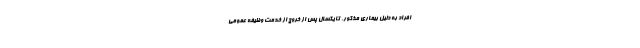
افراد به دلیل بیماری مذکور، تا یکسال پس از خروج از خدمت وظیفه عمومی